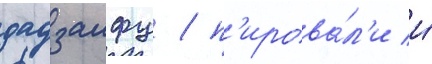
дадзаифу / п'ирова́л'и и́